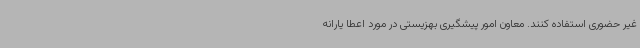
غیر حضوری استفاده کنند. معاون امور پیشگیری بهزیستی در مورد اعطا یارانه